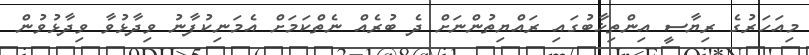
މިއަހަރުގެ ރިޔާސީ އިންތިޚާބުގައި ރައްޔިތުންނަށް ދެ ބުރެއް ނެތްކަމަށް އެމަނިކުފާނު ވިދާޅުވާ ވިދާޅުވުން